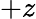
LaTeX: +z